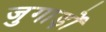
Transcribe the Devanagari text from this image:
जुगाड़ों